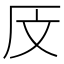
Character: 𰆗